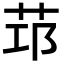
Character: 𦭭